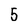
Character: 5